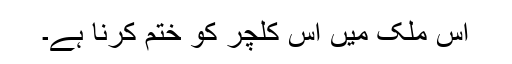
اس ملک میں اس کلچر کو ختم کرنا ہے۔